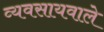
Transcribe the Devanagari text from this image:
व्यवसायवाले